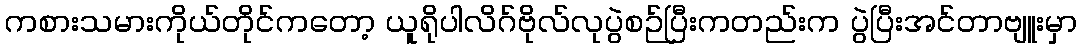
ကစားသမားကိုယ်တိုင်ကတော့ ယူရိုပါလိဂ်ဗိုလ်လုပွဲစဉ်ပြီးကတည်းက ပွဲပြီးအင်တာဗျူးမှာ